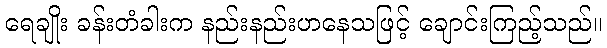
ရေချိုး ခန်းတံခါးက နည်းနည်းဟနေသဖြင့် ချောင်းကြည့်သည်။